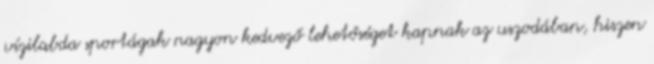
vízilabda sportágak nagyon kedvező lehetőséget kapnak az uszodában, hiszen